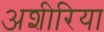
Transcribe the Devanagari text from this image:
अशीरिया